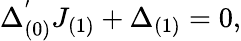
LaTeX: \Delta_{(0)}^{'}J_{(1)}+\Delta_{(1)}=0,